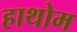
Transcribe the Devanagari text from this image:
हाथोम